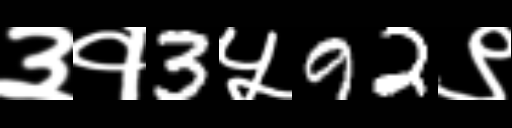
Text: ३१3५92९